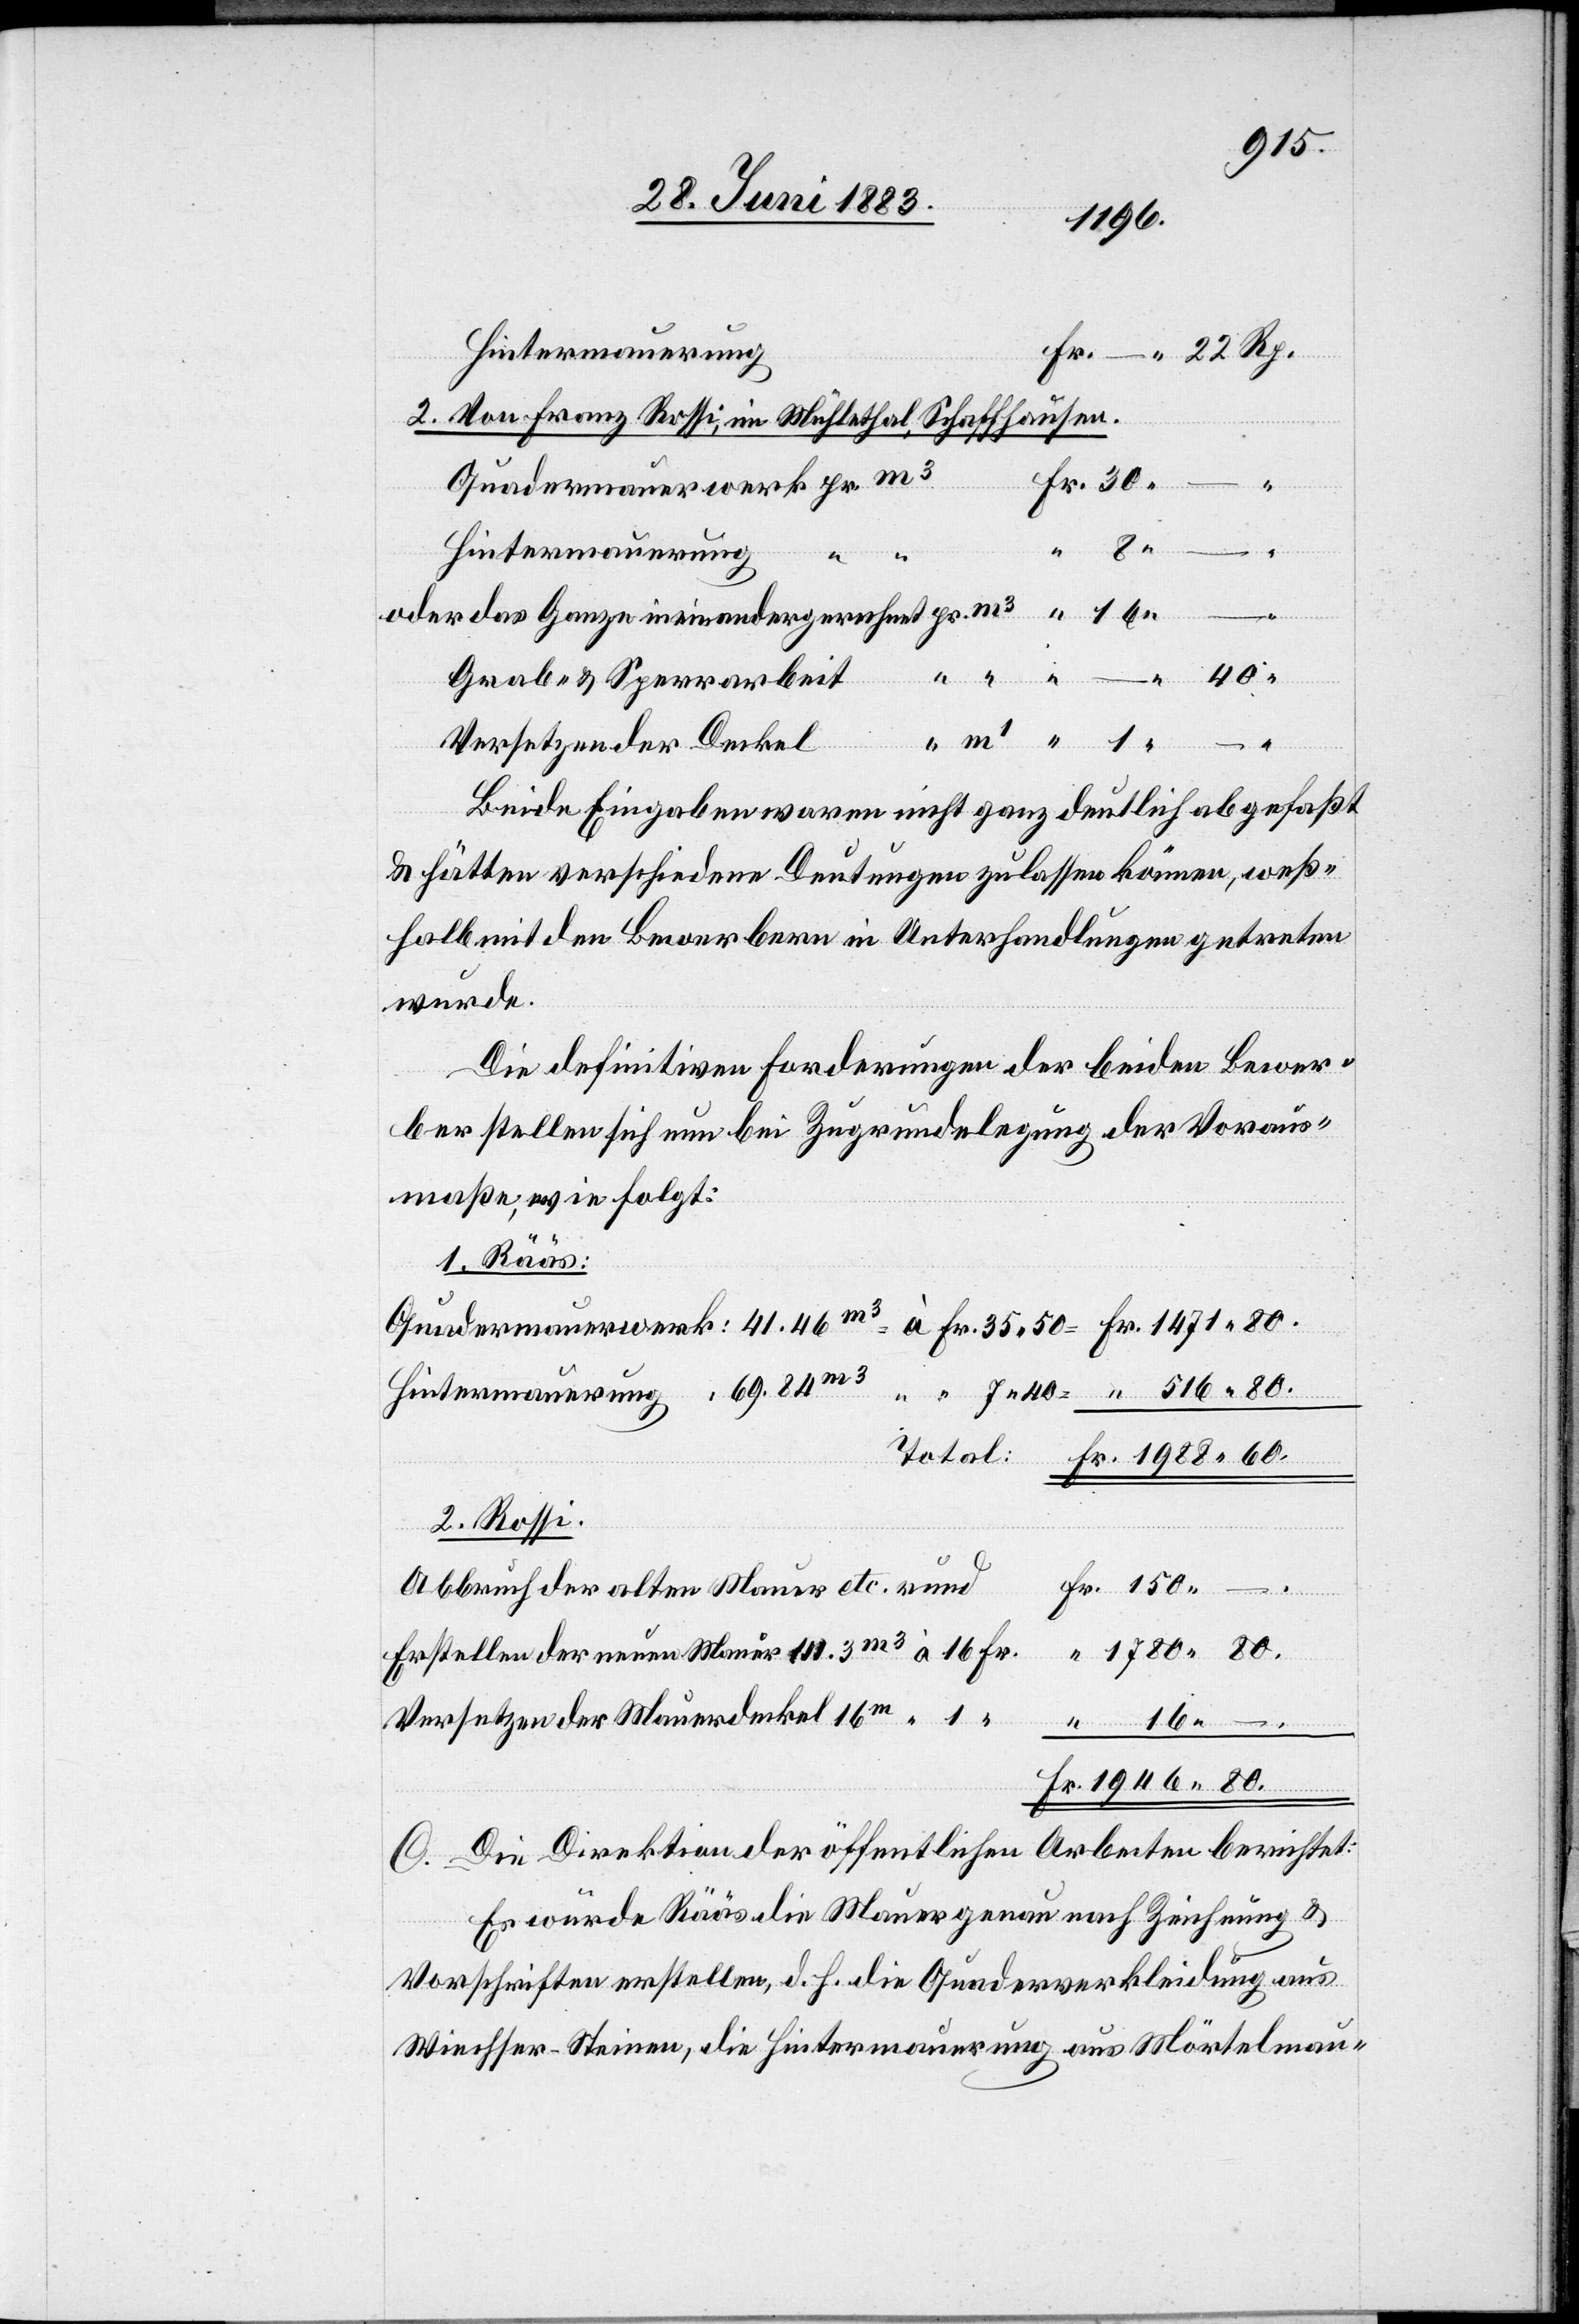
516
1946
2. Von Franz Rossi, im Mühlethal, Schaffhausen.
neuen Mauer
Quadermauerwerk pr m3
Hintermauerung
oder das Ganze ineinandergerechnet pr. m3
Grab- & Sperrarbeit
Fr.
Versetzender Deckel
Beide Eingaben waren nicht ganz deutlich abgefasst
& hätten verschiedene Deutungen zulassen können, weß¬
halb mit den Bewerbern in Unterhandlungen getreten
wurde.
Die definitiven Forderungen der beiden Bewer¬
ber stellen sich nun bei Zugrundelegung der Voraus¬
maße wie folgt:
1. Rääs:
Quadermauerwerk: 41.46m3
Hintermauerung: 69.84m3
“ “ 7 40 –
2. Rossi.
Abbruch der alten Mauer etc. rund
Fr. 35 50 –
Versetzen der Mauerdeckel 16m “
C. Die Direktion der öffentlichen Arbeiten berichtet:
Es würde Rääs die Mauer genau nach Zeichnung &
Vorschriften erstellen, d. h. die Quaderverkleidung aus
Wiechser-Steinen, die Hintermauerung aus Mörtelmau-